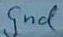
Text: gnd